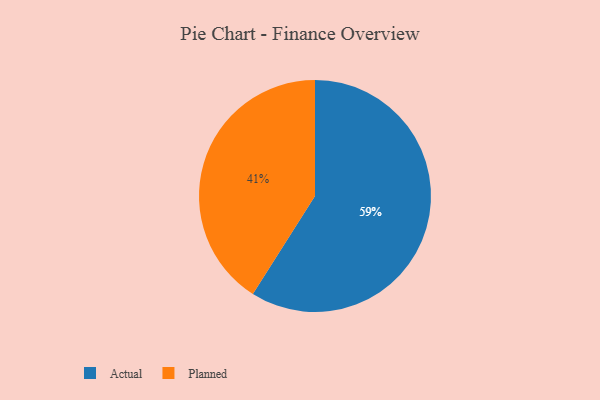
{"axis": {"x": "Category", "y": "Percentage"}, "legend": ["Actual", "Planned"], "data": [{"x": "Planned", "y": 41, "type": "Planned"}, {"x": "Actual", "y": 59, "type": "Actual"}]}